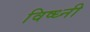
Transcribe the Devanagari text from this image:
विष्ध्नी